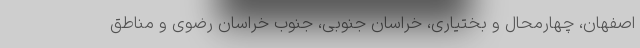
اصفهان، چهارمحال و بختیاری، خراسان جنوبی، جنوب خراسان رضوی و مناطق